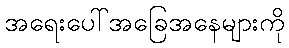
အရေးပေါ်အခြေအနေများကို